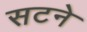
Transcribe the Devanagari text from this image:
सटने